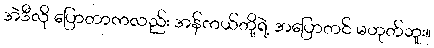
အဲဒီလို ပြောတာကလည်း အန်ကယ်တို့ရဲ့ အပြောတင် မဟုတ်ဘူး။